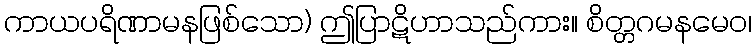
ကာယပရိဏာမနဖြစ်သော) ဤပြာဋိဟာသည်ကား။ စိတ္တဂမနမေဝ၊